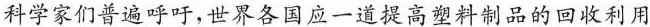
科学家们普遍呼吁，世界各国应一道提高塑料制品的回收利用